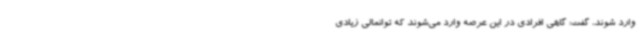
وارد شوند، گفت: گاهی افرادی در این عرصه وارد می‌شوند که توانمالی زیادی